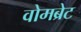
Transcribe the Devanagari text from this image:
वोमब्रेट